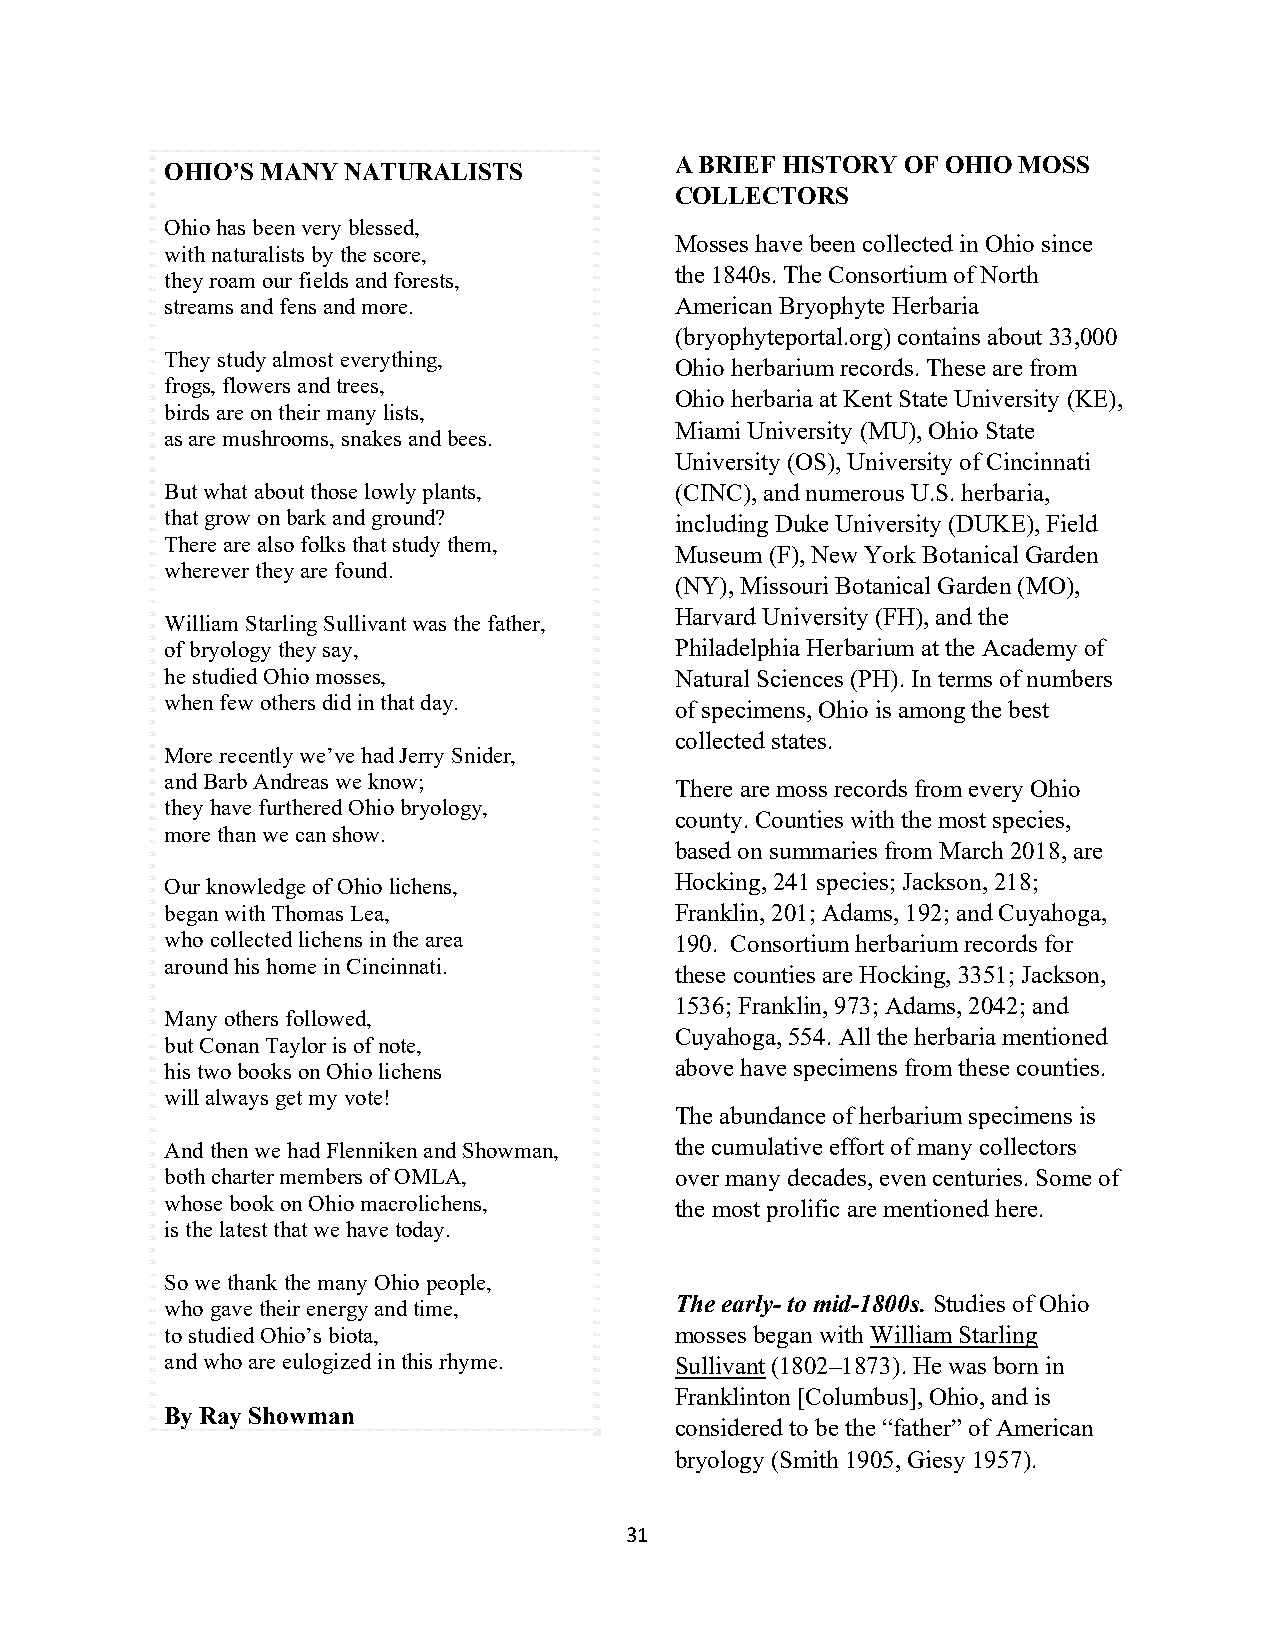
OHIO’S MANY NATURALISTS           A BRIEF HISTORY OF OHIO MOSS
 COLLECTORS
 Ohio has been very blessed,
 Mosses have been collected in Ohio since
 with naturalists by the score,
 the 1840s. The Consortium of North
 they roam our fields and forests,
 streams and fens and more.        American Bryophyte Herbaria
 (bryophyteportal.org) contains about 33,000
 They study almost everything,
 Ohio herbarium records. These are from
 frogs, flowers and trees,
 Ohio herbaria at Kent State University (KE),
 birds are on their many lists,
 Miami University (MU), Ohio State
 as are mushrooms, snakes and bees.
 University (OS), University of Cincinnati
 But what about those lowly plants, (CINC), and numerous U.S. herbaria,
 that grow on bark and ground?     including Duke University (DUKE), Field
 There are also folks that study them,
 Museum (F), New York Botanical Garden
 wherever they are found.
 (NY), Missouri Botanical Garden (MO),
 Harvard University (FH), and the
 William Starling Sullivant was the father,
 of bryology they say,             Philadelphia Herbarium at the Academy of
 he studied Ohio mosses,           Natural Sciences (PH). In terms of numbers
 when few others did in that day.
 of specimens, Ohio is among the best
 collected states.
 More recently we’ve had Jerry Snider,
 and Barb Andreas we know;         There are moss records from every Ohio
 they have furthered Ohio bryology,
 county. Counties with the most species,
 more than we can show.
 based on summaries from March 2018, are
 Hocking, 241 species; Jackson, 218;
 Our knowledge of Ohio lichens,
 began with Thomas Lea,            Franklin, 201; Adams, 192; and Cuyahoga,
 who collected lichens in the area 190. Consortium herbarium records for
 around his home in Cincinnati.
 these counties are Hocking, 3351; Jackson,
 1536; Franklin, 973; Adams, 2042; and
 Many others followed,
 Cuyahoga, 554. All the herbaria mentioned
 but Conan Taylor is of note,
 his two books on Ohio lichens     above have specimens from these counties.
 will always get my vote!
 The abundance of herbarium specimens is
 And then we had Flenniken and Showman, the cumulative effort of many collectors
 both charter members of OMLA,     over many decades, even centuries. Some of
 whose book on Ohio macrolichens,  the most prolific are mentioned here.
 is the latest that we have today.
 So we thank the many Ohio people,
 who gave their energy and time,   The early- to mid-1800s. Studies of Ohio
 to studied Ohio’s biota,          mosses began with William Starling
 and who are eulogized in this rhyme. Sullivant (1802–1873). He was born in
 Franklinton [Columbus], Ohio, and is
 By Ray Showman
 considered to be the “father” of American
 bryology (Smith 1905, Giesy 1957).
 31